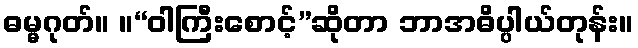
ဓမ္မဂုတ်။ ။“ဝါကြီးစောင့်”ဆိုတာ ဘာအဓိပ္ပါယ်တုန်း။